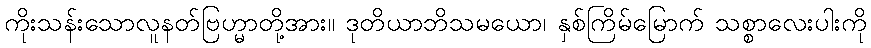
ကိုးသန်းသောလူနတ်ဗြဟ္မာတို့အား။ ဒုတိယာဘိသမယော၊ နှစ်ကြိမ်မြောက် သစ္စာလေးပါးကို